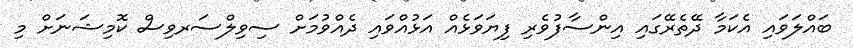
ބައްލަވައި އެކަމާ ދޭތެރޭގައި އިންސާފުވެރި ފިޔަވަޅެއް އަޅުއްވައި ދެއްވުމަށް ސިވިލްސަރވިސް ކޮމިޝަނަށް މި